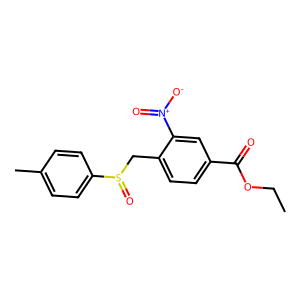
SMILES: CCOC(=O)c1ccc(CS(=O)c2ccc(C)cc2)c([N+](=O)[O-])c1
Inhibits HIV replication: No